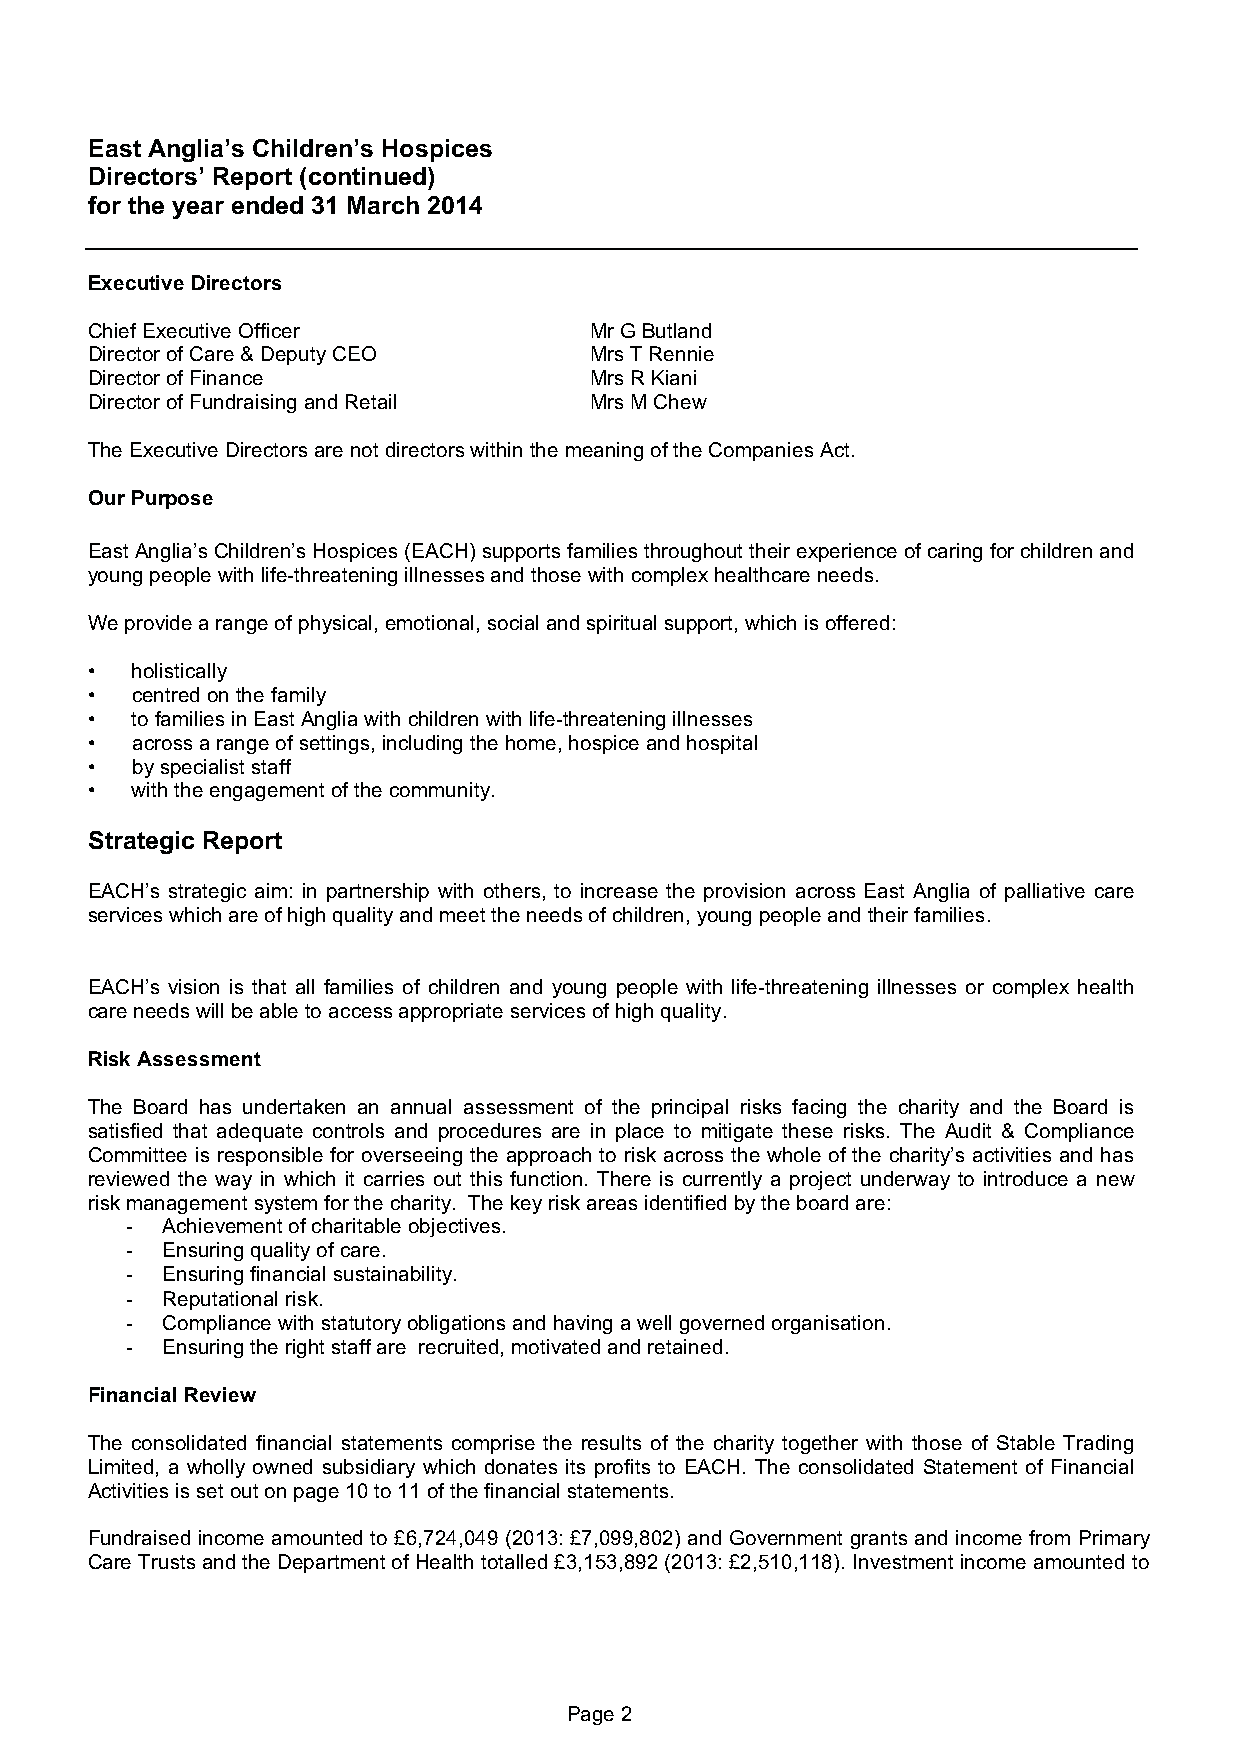
East Anglia’s Children’s Hospices
 Directors’ Report (continued)
 for the year ended 31 March 2014
 Executive Directors
 Chief Executive Officer          Mr G Butland
 Director of Care & Deputy CEO    Mrs T Rennie
 Director of Finance              Mrs R Kiani
 Director of Fundraising and Retail Mrs M Chew
 The Executive Directors are not directors within the meaning of the Companies Act.
 Our Purpose
 East Anglia’s Children’s Hospices (EACH) supports families throughout their experience of caring for children and
 young people with life-threatening illnesses and those with complex healthcare needs.
 We provide a range of physical, emotional, social and spiritual support, which is offered:
 •  holistically
 •  centred on the family
 •  to families in East Anglia with children with life-threatening illnesses
 •  across a range of settings, including the home, hospice and hospital
 •  by specialist staff
 •  with the engagement of the community.
 Strategic Report
 EACH’s strategic aim: in partnership with others, to increase the provision across East Anglia of palliative care
 services which are of high quality and meet the needs of children, young people and their families.
 EACH’s vision is that all families of children and young people with life-threatening illnesses or complex health
 care needs will be able to access appropriate services of high quality.
 Risk Assessment
 The Board has undertaken an annual assessment of the principal risks facing the charity and the Board is
 satisfied that adequate controls and procedures are in place to mitigate these risks. The Audit & Compliance
 Committee is responsible for overseeing the approach to risk across the whole of the charity’s activities and has
 reviewed the way in which it carries out this function. There is currently a project underway to introduce a new
 risk management system for the charity. The key risk areas identified by the board are:
 -  Achievement of charitable objectives.
 -  Ensuring quality of care.
 -  Ensuring financial sustainability.
 -  Reputational risk.
 -  Compliance with statutory obligations and having a well governed organisation.
 -  Ensuring the right staff are recruited, motivated and retained.
 Financial Review
 The consolidated financial statements comprise the results of the charity together with those of Stable Trading
 Limited, a wholly owned subsidiary which donates its profits to EACH. The consolidated Statement of Financial
 Activities is set out on page 10 to 11 of the financial statements.
 Fundraised income amounted to £6,724,049 (2013: £7,099,802) and Government grants and income from Primary
 Care Trusts and the Department of Health totalled £3,153,892 (2013: £2,510,118). Investment income amounted to
 Page 2